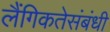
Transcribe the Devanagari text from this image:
लैंगिकतेसंबंधी